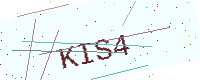
Text: KIS4